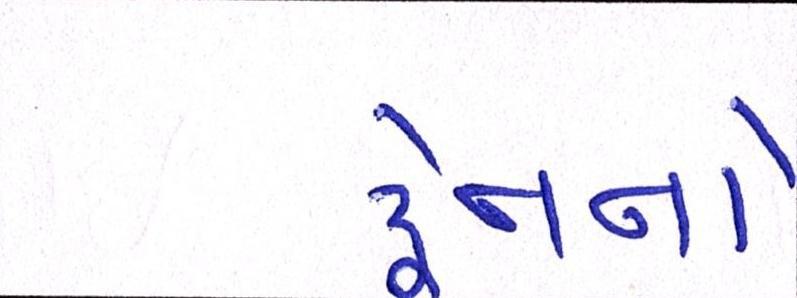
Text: ટ્રેનનો